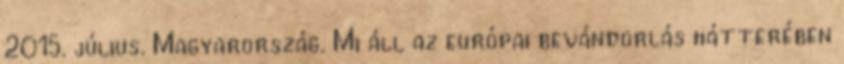
2015. július. Magyarország. Mi áll az európai bevándorlás hátterében